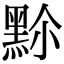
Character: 𪐳